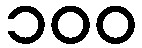
၁၀၀